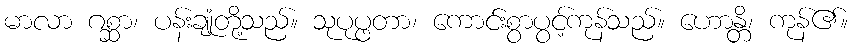
မာလာ ဂစ္ဆာ၊ ပန်းချုံတို့သည်။ သုပုပ္ဖတာ၊ ကောင်းစွာပွင့်ကုန်သည်။ ဟောန္တိ၊ ကုန်၏။